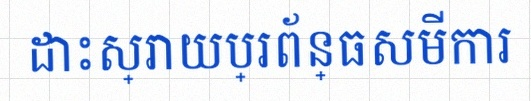
ដោះស្រាយប្រព័ន្ធសមីការ